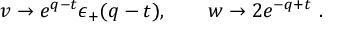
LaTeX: v \to e ^ { q - t } \epsilon _ { + } ( q - t ) , \qquad w \to 2 e ^ { - q + t } \ .